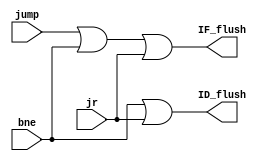
`timescale 1ns / 1ps
//////////////////////////////////////////////////////////////////////////////////
// Company: 
// Engineer: 
// 
// Design Name: 
// Module Name:    Discar_Instr 
// Project Name: 
// Target Devices: 
// Tool versions: 
// Description: 
//
// Dependencies: 
//
// Revision: 
// Revision 0.01 - File Created
// Additional Comments: 
//
//////////////////////////////////////////////////////////////////////////////////
 
 module Discard_Instr
 (
  output wire ID_flush,IF_flush,
  input wire jump,bne,jr
  );
  
  assign IF_flush = jump || bne || jr;
  assign ID_flush = bne || jr;
  
 endmodule